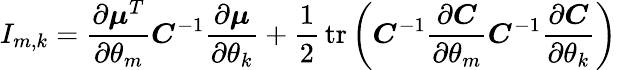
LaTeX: I_{m,k}={\frac{\partial{\boldsymbol{\mu}}^{T}}{\partial\theta_{m}}}{\boldsymbol{C}}^{-1}{\frac{\partial{\boldsymbol{\mu}}}{\partial\theta_{k}}}+{\frac{1}{2}}\operatorname{tr}\left({\boldsymbol{C}}^{-1}{\frac{\partial{\boldsymbol{C}}}{\partial\theta_{m}}}{\boldsymbol{C}}^{-1}{\frac{\partial{\boldsymbol{C}}}{\partial\theta_{k}}}\right)